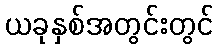
ယခုနှစ်အတွင်းတွင်